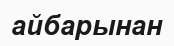
айбарынан